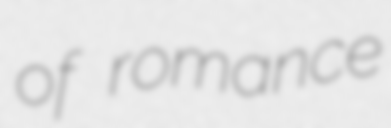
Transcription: of romance